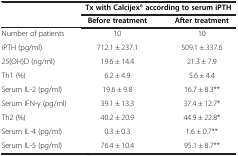
<table><thead><tr><td rowspan="2"><b> </b></td><td colspan="2"><b>Tx with Calcijex® according to serum iPTH</b></td></tr><tr><td><b>Before treatment</b></td><td><b>After treatment</b></td></tr></thead><tbody><tr><td>Number of patients</td><td>10</td><td>10</td></tr><tr><td>iPTH (pg/ml)</td><td>712.1 ± 237.1</td><td>509.1 ± 337.6</td></tr><tr><td>25(OH)D (ng/ml)</td><td>19.6 ± 14.4</td><td>21.3 ± 7.9</td></tr><tr><td>Th1 (%)</td><td>6.2 ± 4.9</td><td>5.6 ± 4.4</td></tr><tr><td>Serum IL-2 (pg/ml)</td><td>19.6 ± 9.8</td><td>16.7 ± 8.3**</td></tr><tr><td>Serum IFN-γ (pg/ml)</td><td>39.1 ± 13.3</td><td>37.4 ± 12.7*</td></tr><tr><td>Th2 (%)</td><td>40.2 ± 20.9</td><td>44.9 ± 22.8*</td></tr><tr><td>Serum IL-4 (pg/ml)</td><td>0.3 ± 0.3</td><td>1.6 ± 0.7**</td></tr><tr><td>Serum IL-5 (pg/ml)</td><td>76.4 ± 10.4</td><td>95.1 ± 8.7**</td></tr></tbody></table>